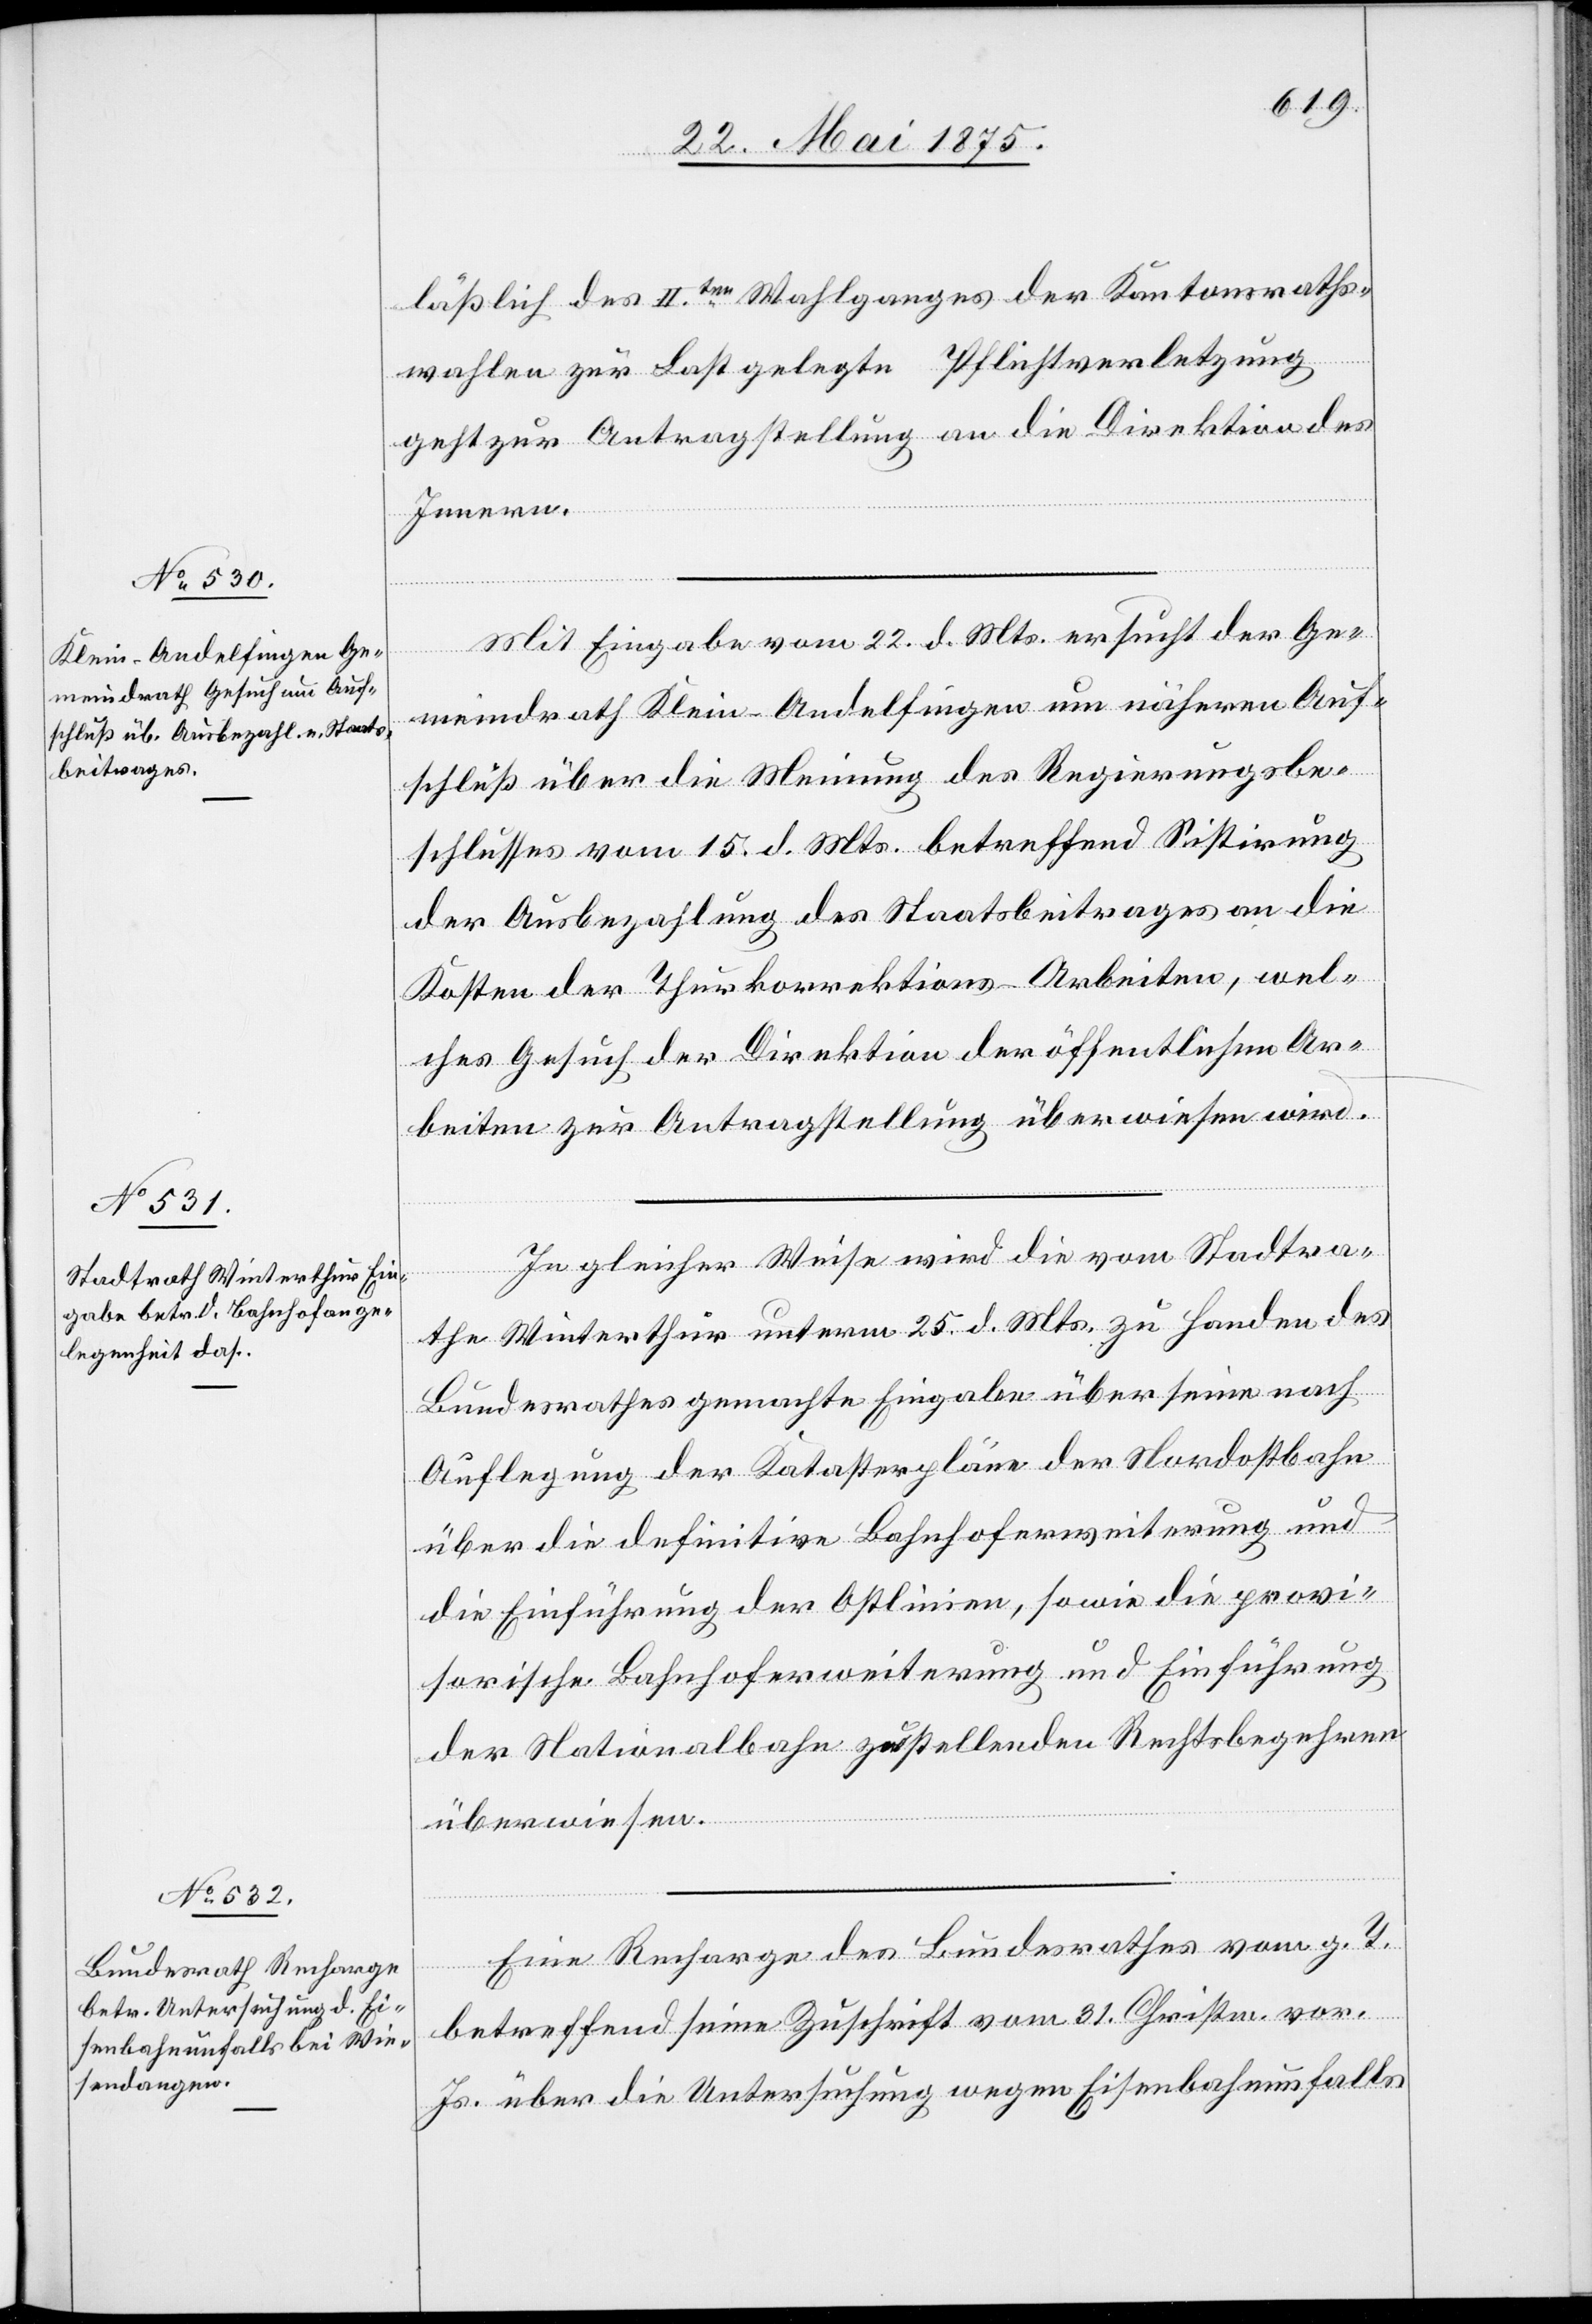
26. Mai 1875.]
läßlich des II.ten Wahlganges der Kantonsraths¬
wahlen zur Last gelegte Pflichtverletzung
geht zur Antragstellung an die Direktion des
Innern.
Mit Eingabe vom 22. d. Mts. ersucht der Ge¬
meindrath Klein-Andelfingen um näheren Auf¬
schluß über die Meinung des Regierungsbe¬
schlusses vom 15. d. Mts. betreffend Sistirung
der Ausbezahlung des Staatsbeitrages an die
Kosten der Thurkorrektions-Arbeiten, wel¬
ches Gesuch der Direktion der öffentlichen Ar¬
beiten zur Antragstellung überwiesen wird.
In gleicher Weise wird die vom Stadtra¬
the Winterthur unterm 25. d. Mts. zu Handen des
Bundesrathes gemachte Eingabe über seine nach
Auflegung der Katasterpläne der Nordostbahn
über die definitive Bahnhoferweiterung und
die Einführung der Ostlinien, sowie die provi¬
sorische Bahnhoferweiterung und Einführung
der Nationalbahn zu stellenden Rechtsbegehren
überwiesen.
Eine Recharge des Bundesrathes vom g. T.
betreffend seine Zuschrift vom 31. Christm. vor.
Js über die Untersuchung wegen Eisenbahnunfalls